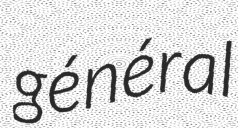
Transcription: général